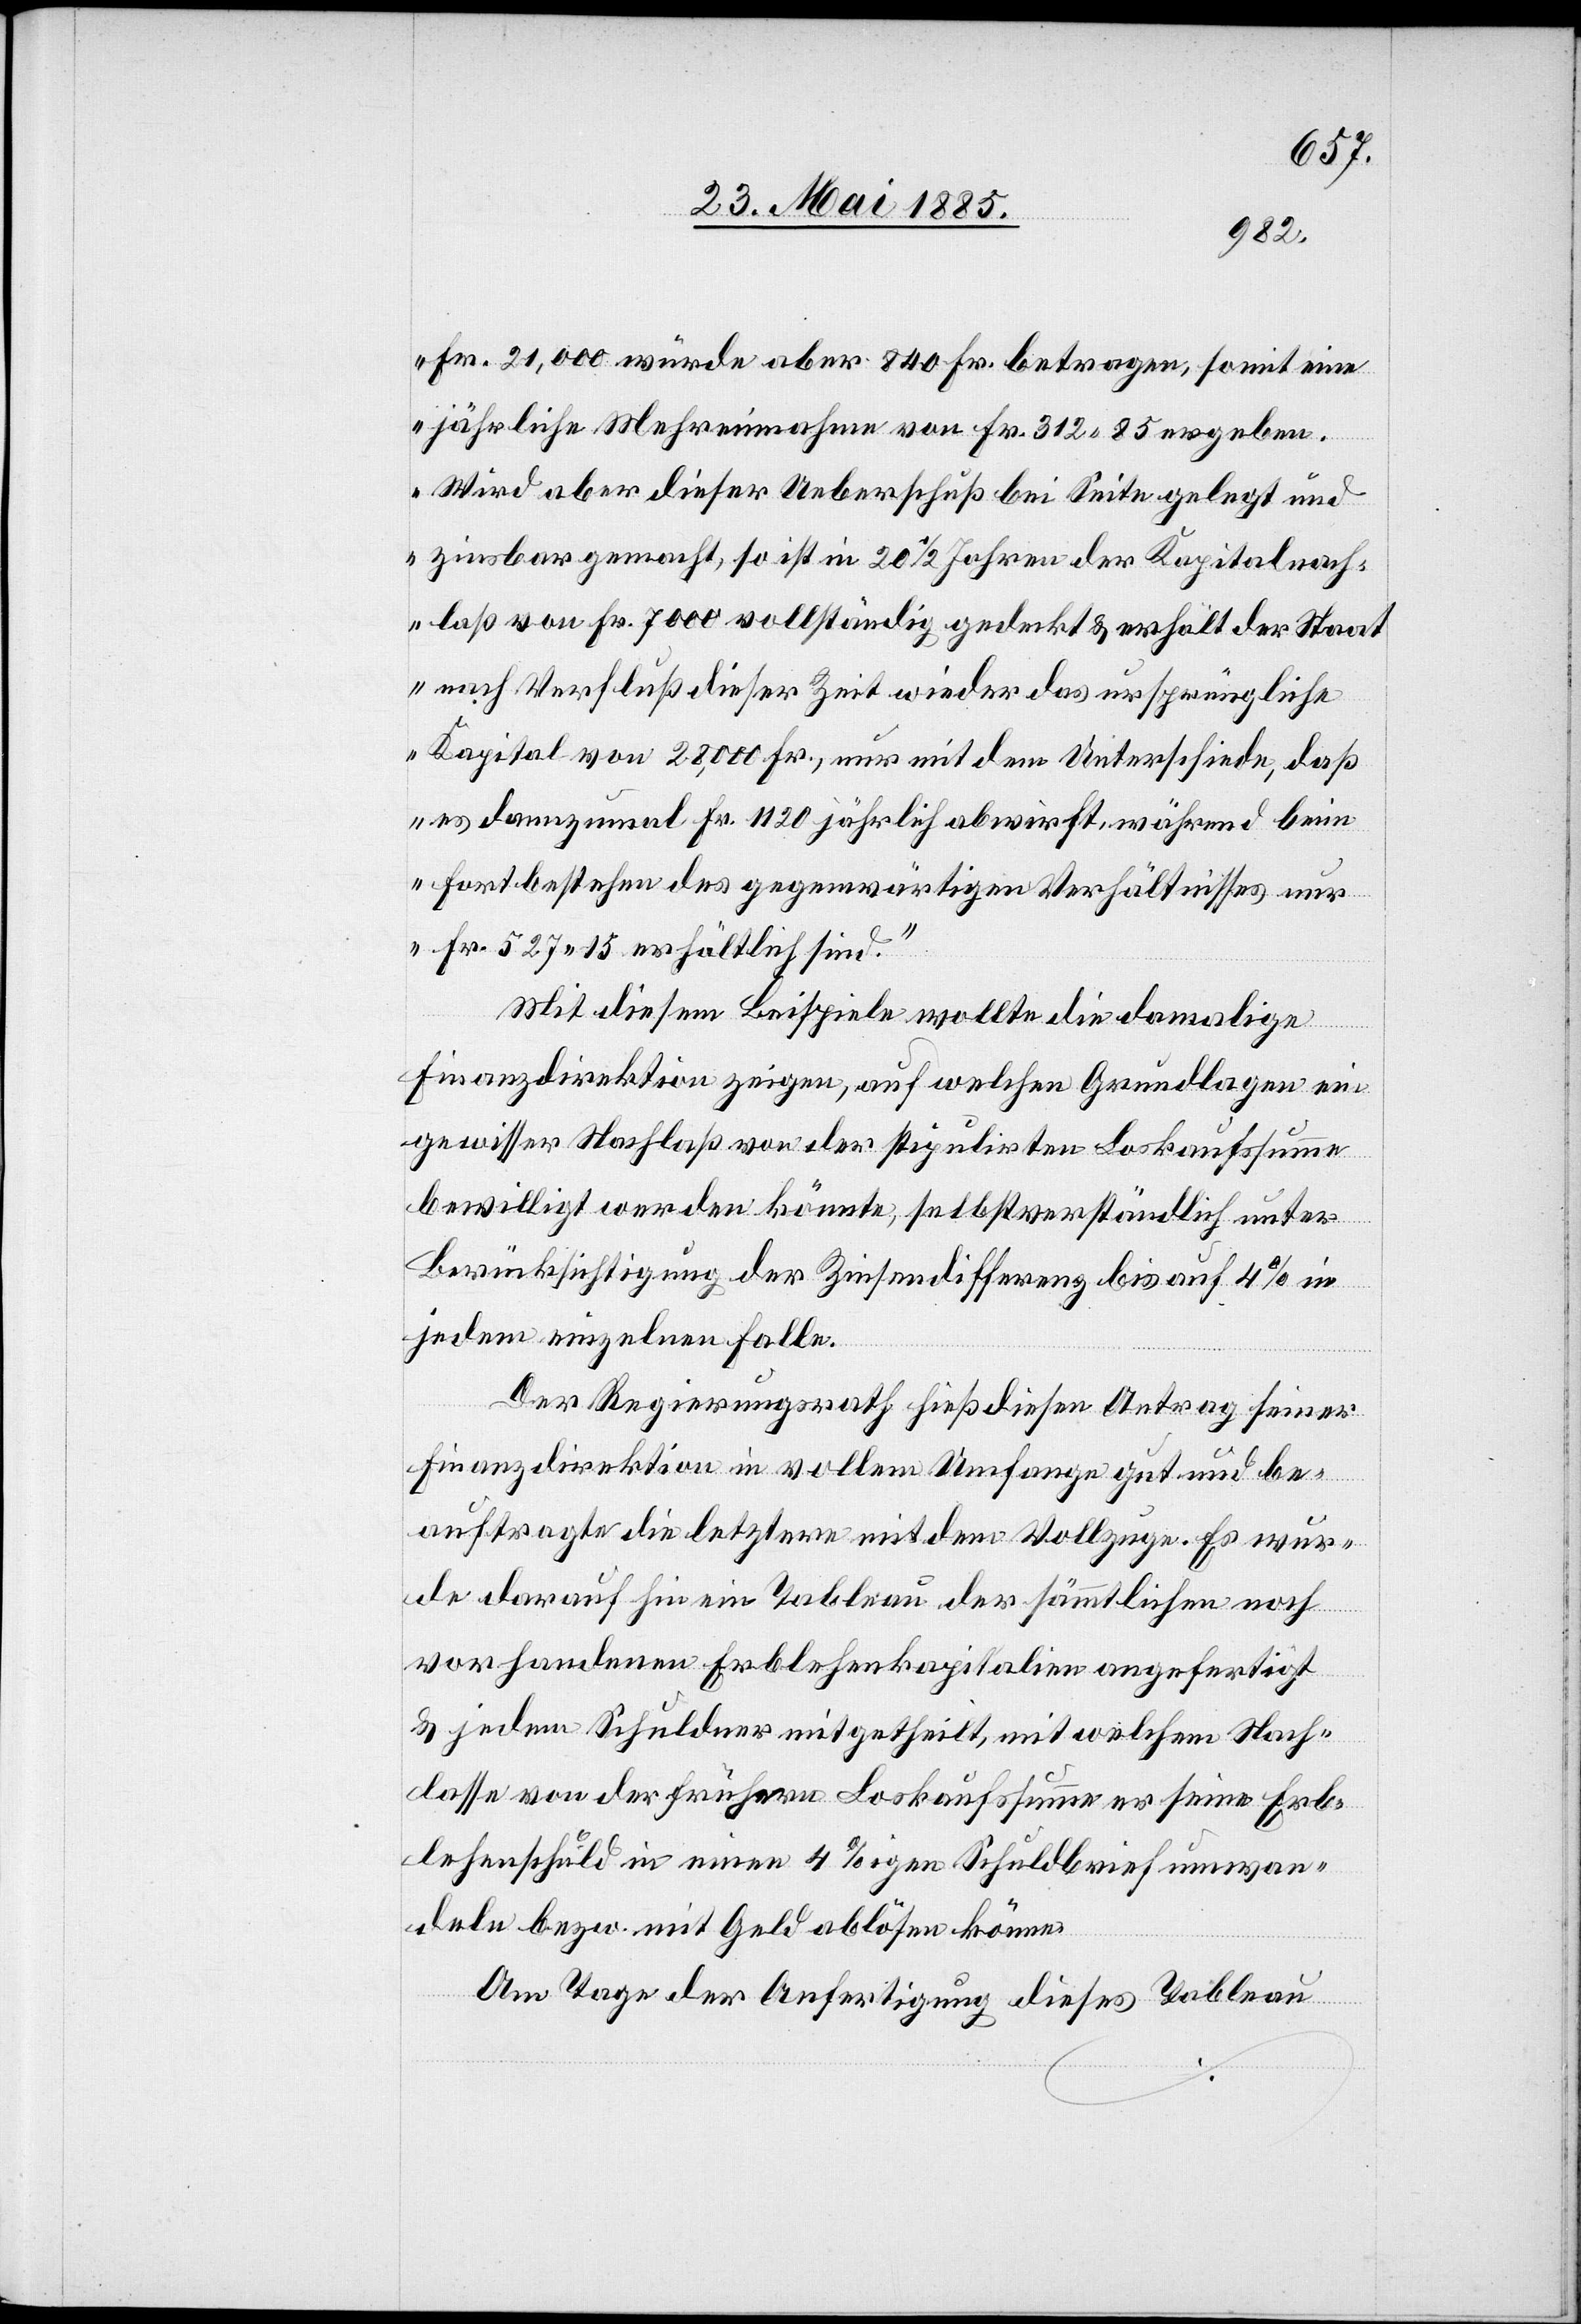
Fr. 21,000 würde aber 840 Fr. betragen, somit eine
jährliche Mehreinnahme von Fr. 312 85 ergeben.
Wird aber dieser Ueberschuß bei Seite gelegt und
zinsbar gemacht, so ist in 20 1/2 Jahren der Kapitalnach¬
laß von Fr. 7000 vollständig gedeckt & erhält der Staa¬
t nach Verfluß dieser Zeit wieder das ursprüngliche
Kapital von 28,000 Fr., nur mit dem Unterschiede, daß
es dannzumal Fr. 1120 jährlich abwirft, während beim
Fortbestehen des gegenwärtigen Verhältnisses nur
Fr. 527 15 erhältlich sind.“
Mit diesem Beispiele wollte die damalige
Finanzdirektion zeigen, auf welchen Grundlagen ein
gewisser Nachlaß von der stipulirten Loskaufsumme
bewilligt werden könnte, selbstverständlich unter
Berücksichtigung der Zinsendifferent bis auf 4% in
jedem einzelnen Falle.
Der Regierungsrath hieß diesen Antrag seiner
Finanzdirektion in vollem Umfange gut und be¬
auftragte die letztere mit dem Vollzuge. Es wur¬
de daraufhin ein Tableau der sämmtlichen noch
vorhandenen Erblehenkapitalien angefertigt
& jedem Schuldner mitgetheilt, mit welchem Nach¬
lasse von der frühern Loskaufsumme er seine Erb¬
lehenschuld in einen 4%igen Schuldbrief umwan¬
deln bezw. mit Geld ablösen könne.
Am Tage der Anfertigung dieses Tableau